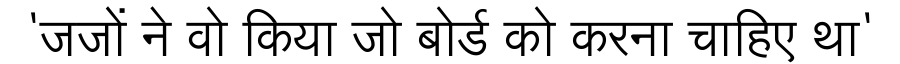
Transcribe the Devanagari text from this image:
'जजों ने वो किया जो बोर्ड को करना चाहिए था'